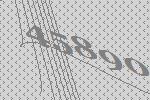
45890